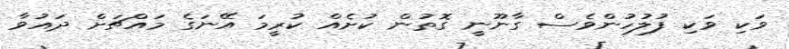
ވަކި ވަކި ފުލުހުންވެސް ގާނޫނީ ގޮތުން ކުށެއް ކުރީމަ އޭނަގެ މައްޗަށް ދައުވާ